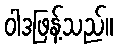
ဝါဒဖြန့်သည်။